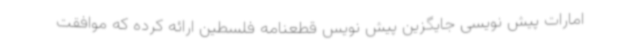
امارات پیش نویسی جایگزین پیش نویس قطعنامه فلسطین ارائه کرده که موافقت